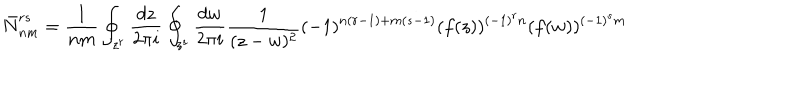
\bar { N } _ { n m } ^ { r s } = \frac { 1 } { n m } \oint _ { z ^ { r } } \frac { d z } { 2 \pi i } \oint _ { z ^ { s } } \frac { d w } { 2 \pi i } \frac { 1 } { ( z - w ) ^ { 2 } } ( - 1 ) ^ { n ( r - 1 ) + m ( s - 1 ) } ( f ( z ) ) ^ { ( - 1 ) ^ { r } n } ( f ( w ) ) ^ { ( - 1 ) ^ { s } m }